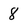
Character: 8